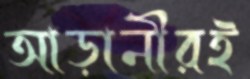
আড়ানীরই